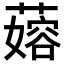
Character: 𬞬